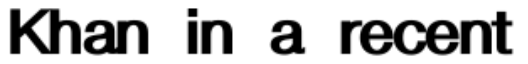
Khan in a recent